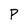
Character: P